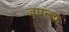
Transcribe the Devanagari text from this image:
जघन्वा